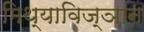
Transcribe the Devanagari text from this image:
मिथ्याविज्ञान